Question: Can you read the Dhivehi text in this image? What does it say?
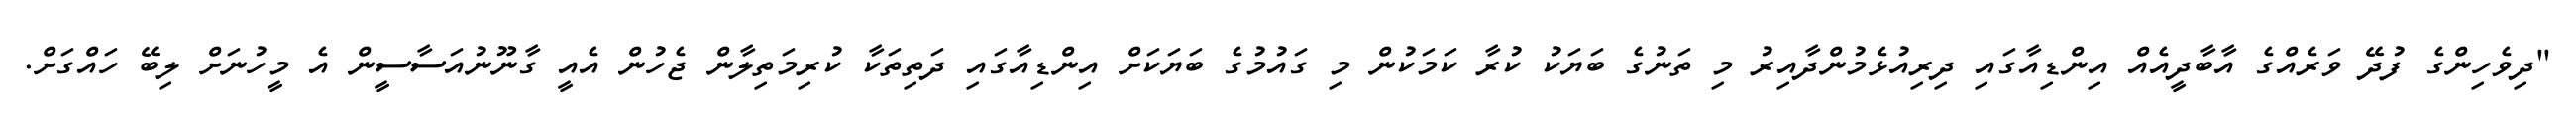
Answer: "ދިވެހިންގެ ފުދޭ ވަރެއްގެ އާބާދީއެއް އިންޑިއާގައި ދިރިއުޅެމުންދާއިރު މި ތަނުގެ ބަޔަކު ކުރާ ކަމަކުން މި ގައުމުގެ ބަޔަކަށް އިންޑިއާގައި ދަތިތަކާ ކުރިމަތިލާން ޖެހުން އެއީ ގާނޫނުއަސާސީން އެ މީހުނަށް ލިބޭ ހައްގަށް.